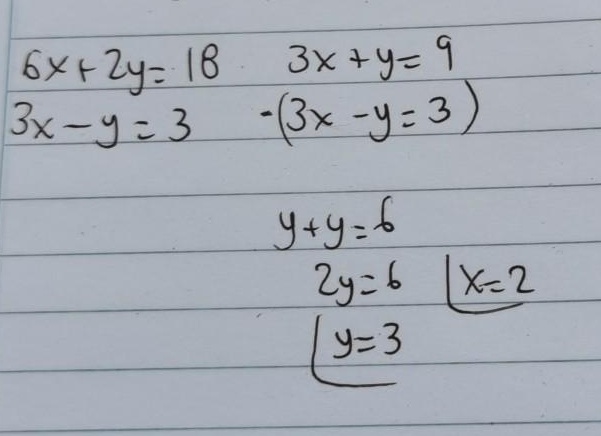
\begin{align*}
6x + 2y&= 18 &3x + y&= 9\\
3x - y&= 3&-(3x - y&= 3)\\
&&y + y&= 6\\
&&2y&= 6 &x&=2\\
&&y&=3
\end{align*}